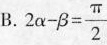
B. $$2 \alpha - \beta = \frac{\pi}{2}$$